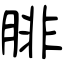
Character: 腓